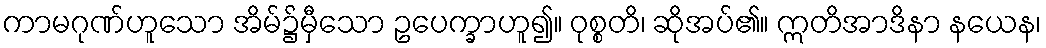
ကာမဂုဏ်ဟူသော အိမ်၌မှီသော ဥပေက္ခာဟူ၍။ ဝုစ္စတိ၊ ဆိုအပ်၏။ ဣတိအာဒိနာ နယေန၊